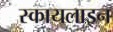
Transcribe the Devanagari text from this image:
स्कायलाइन